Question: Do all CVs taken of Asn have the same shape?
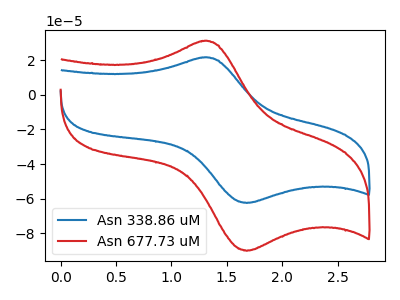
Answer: <think>The blue curve "Asn 338.86 uM" has an anodic peak at (1.30V, 21.50uA) and a cathodic peak at (1.70V, -62.40uA). The red curve "Asn 677.73 uM" has an anodic peak at (1.30V, 31.00uA) and a cathodic peak at (1.70V, -89.95uA).
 All the peaks in "Asn 338.86 uM" have a peak in "Asn 677.73 uM" at the same potential. Every peak in "Asn 338.86 uM" is lower than every peak in "Asn 677.73 uM".</think>
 <answer>All the CV's of "Asn" have similar shape.</answer>
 <eval>follow_rule</eval>